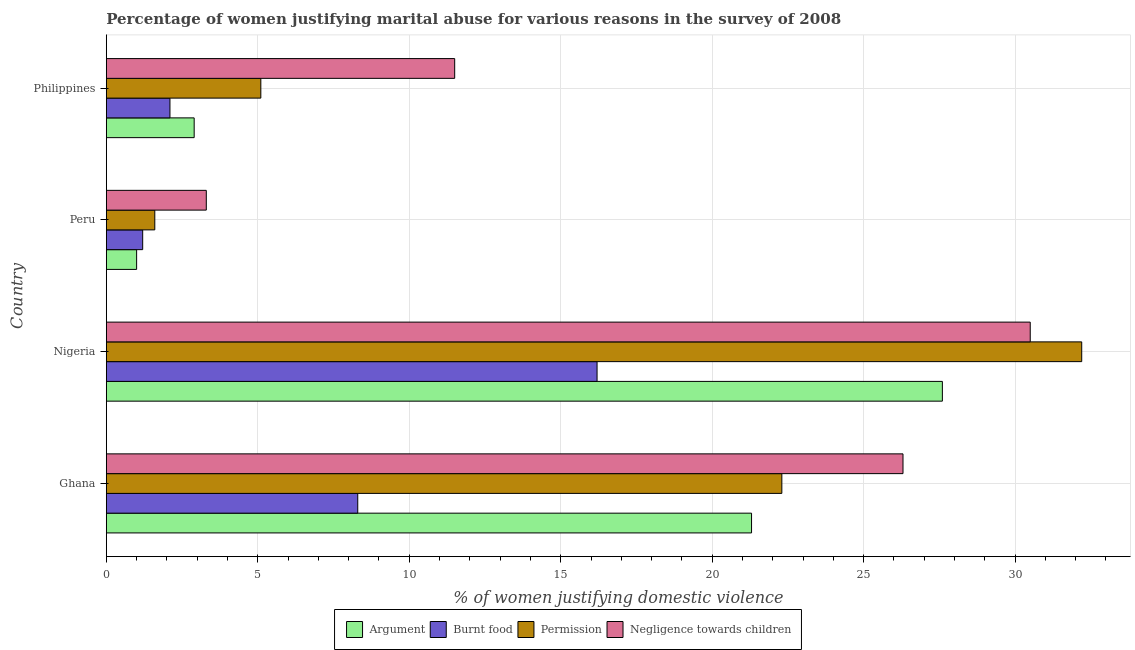
| Country | Argument | Burnt food | Permission | Negligence towards children |
 | --- | --- | --- | --- | --- |
 | Ghana | 21.3 | 8.3 | 22.3 | 26.3 |
 | Nigeria | 27.6 | 16.2 | 32.2 | 30.5 |
 | Peru | 1 | 1.2 | 1.6 | 3.3 |
 | Philippines | 2.9 | 2.1 | 5.1 | 11.5 |